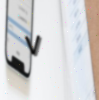
٧